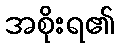
အစိုးရ၏